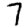
Digit: 7